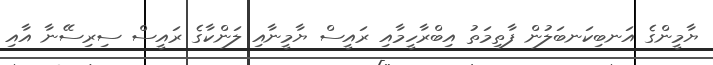
ޔާމީންގެ އަނބިކަނބަލުން ފާތިމަތު އިބްރާހީމާއި ރައީސް ޔާމީނާއި ލަންކާގެ ރައީސް ސިރިސޭނާ އާއި